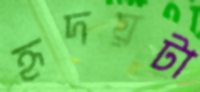
হৃদয়টা